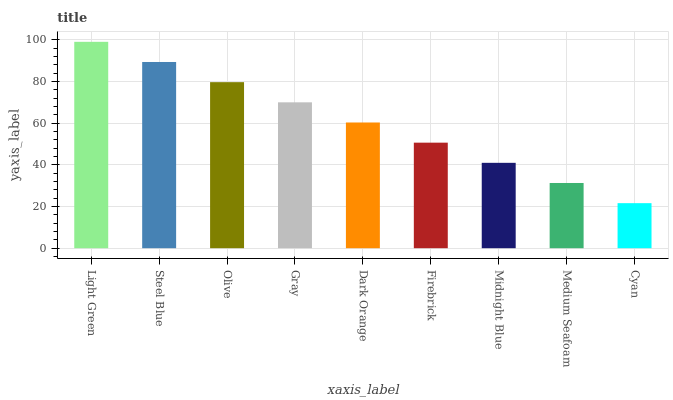
| xaxis_label | bars |
 | --- | --- |
 | Light Green | 99 |
 | Steel Blue | 89.3 |
 | Olive | 79.7 |
 | Gray | 70 |
 | Dark Orange | 60.3 |
 | Firebrick | 50.6 |
 | Midnight Blue | 41 |
 | Medium Seafoam | 31.3 |
 | Cyan | 21.6 |